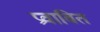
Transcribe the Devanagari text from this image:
प्रवाबित